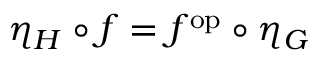
\eta _ { H } \circ f = f ^ { \mathrm { o p } } \circ \eta _ { G }